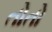
તોતો